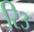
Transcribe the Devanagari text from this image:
रि३